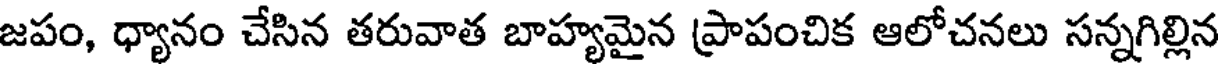
జపం, ధ్యానం చేసిన తరువాత బాహ్యమైన ప్రాపంచిక ఆలోచనలు సన్నగిల్లిన